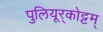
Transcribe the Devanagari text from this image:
पुलियूर्‌कोट्टम्